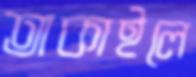
তাকাইলে